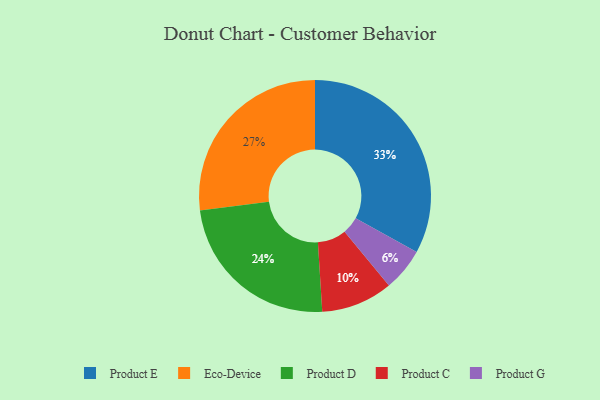
{"axis": {"x": "Category", "y": "Percentage"}, "legend": ["Eco-Device", "Product C", "Product D", "Product E", "Product G"], "data": [{"x": "Product D", "y": 24, "type": "Product D"}, {"x": "Eco-Device", "y": 27, "type": "Eco-Device"}, {"x": "Product G", "y": 6, "type": "Product G"}, {"x": "Product C", "y": 10, "type": "Product C"}, {"x": "Product E", "y": 33, "type": "Product E"}]}